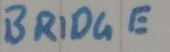
Text: BRIDGE